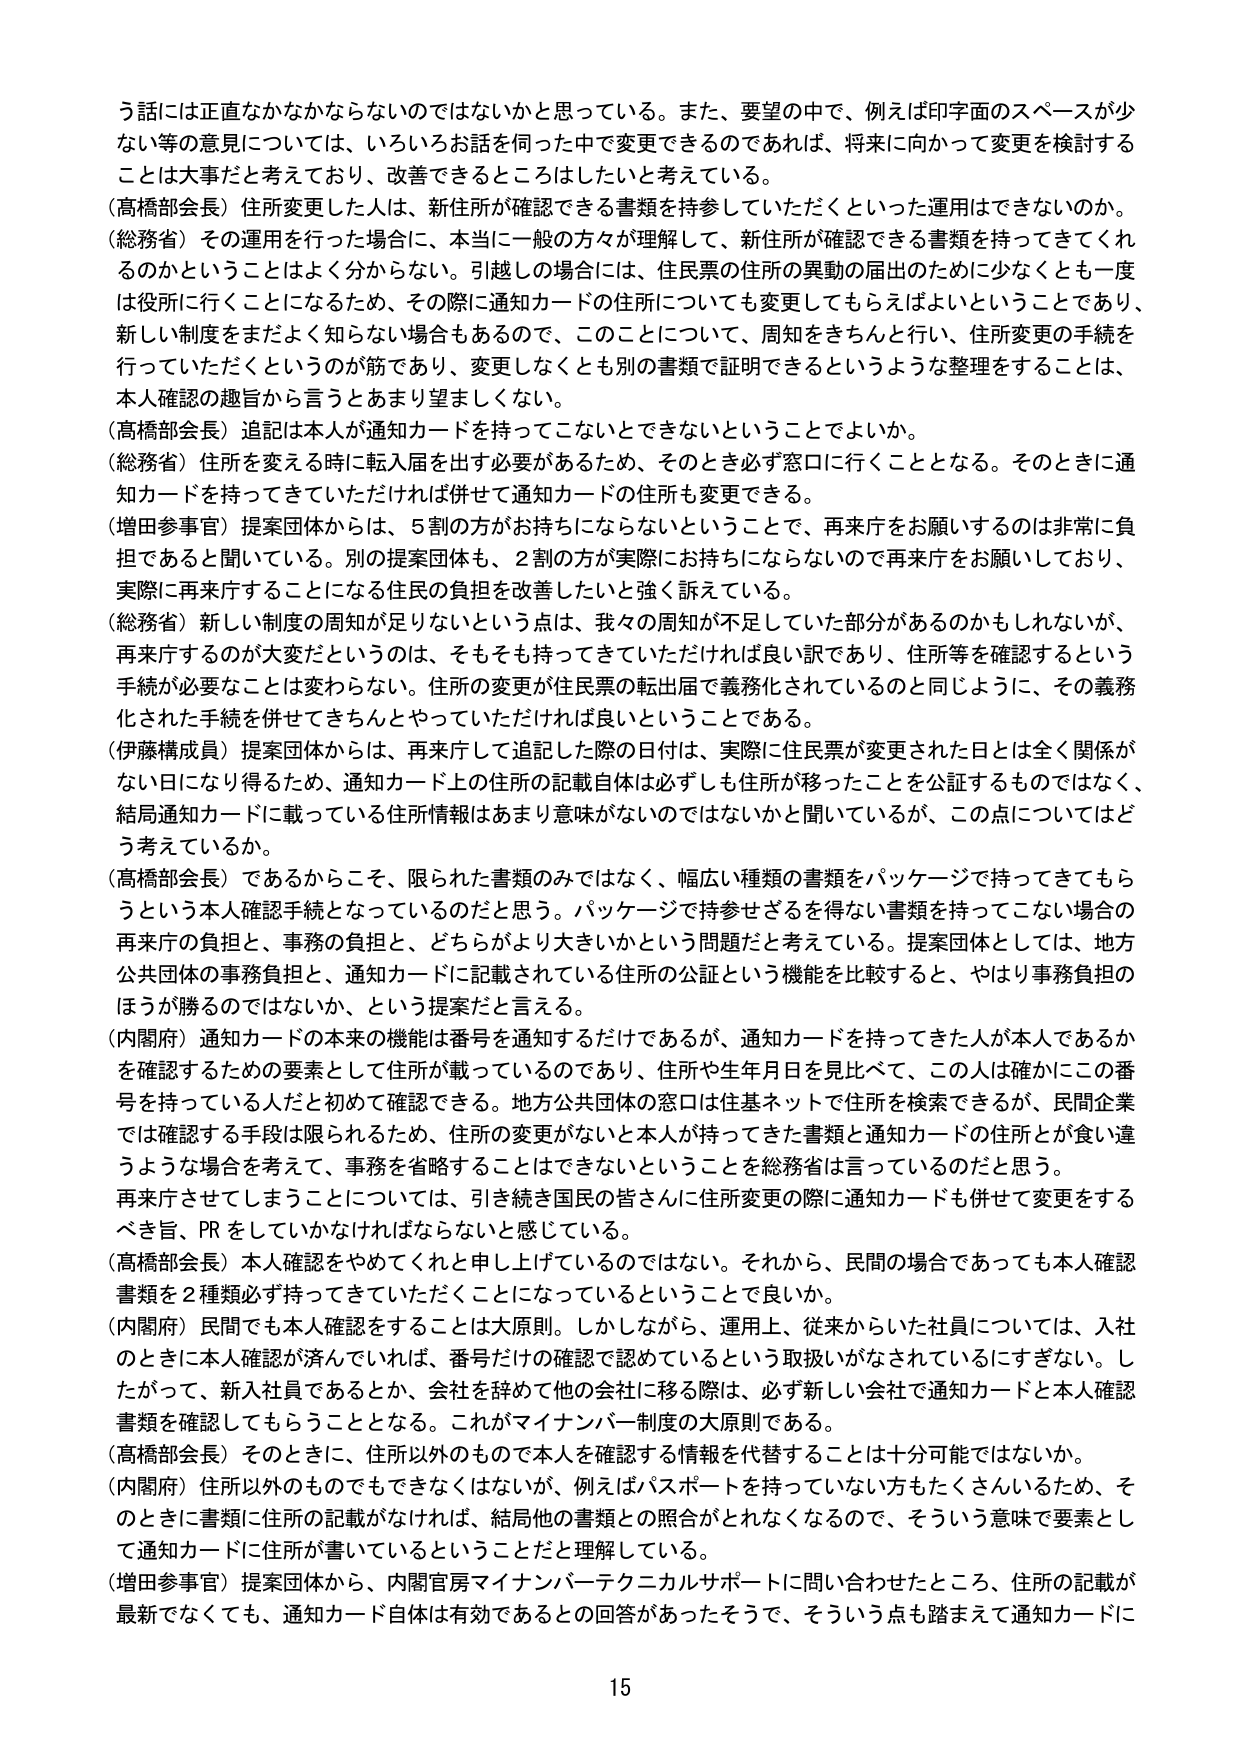
う話には正直なかなかならないのではないかと思っている。また、要望の中で、例えば印字面のスペースが少ない等の意見については、いろいろお話を伺った中で変更できるのであれば、将来に向かって変更を検討することは大事だと考えており、改善できるところはしたいと考えている。

（高橋部会長）住所変更した人は、新住所が確認できる書類を持参していただくといった運用はできないのか。

（総務省）その運用を行った場合に、本当に一般の方々が理解して、新住所が確認できる書類を持ってきてくれるのかということはよく分からない。引越しの場合には、住民票の住所の異動の届出のために少なくとも一度は役所に行くことになるため、その際に通知カードの住所についても変更してもらえばよいということであり、新しい制度をまだよく知らない場合もあるので、このことについて、周知をきちんと行い、住所変更の手続を行っていただくというのが筋であり、変更しなくとも別の書類で証明できるというような整理をすることは、本人確認の趣旨から言うとあまり望ましくない。

（高橋部会長）追記は本人が通知カードを持ってこないとできないということでしょうか。

（総務省）住所を変える時に転入届を出す必要があるため、そのとき必ず窓口に行くこととなる。そのときに通知カードを持ってきていただければ併せて通知カードの住所も変更できる。

（増田参事官）提案団体からは、5割の方がお持ちにならないということで、再来庁をお願いするのは非常に負担であると聞いている。別の提案団体も、2割の方が実際にお持ちにならないので再来庁をお願いしており、実際に再来庁することになる住民の負担を改善したいと強く訴えている。

（総務省）新しい制度の周知が足りないという点は、我々の周知が不足していた部分があるのかもしれないが、再来庁するのが大変だというのは、そもそも持ってきただければ良い訳であり、住所等を確認するという手続が必要なことは変わらない。住所の変更が住民票の転出届で義務化されているのと同じように、その義務化された手続を併せてきちんとやっていただければ良いということである。

（伊藤構成員）提案団体からは、再来庁して追記した際の日付は、実際に住民票が変更された日とは全く関係がない日になり得るため、通知カード上の住所の記載自体は必ずしも住所が移ったことを公証するものではなく、結局通知カードに載っている住所情報はあまり意味がないのではないかと聞いているが、この点についてはどう考えているか。

（高橋部会長）であるからこそ、限られた書類のみではなく、幅広い種類の書類をパッケージで持ってきてもらうという本人確認手続となっているのだと思う。パッケージで持参せざるを得ない書類を持ってこない場合の再来庁の負担と、事務の負担と、どちらがより大きいかという問題だと考えている。提案団体としては、地方公共団体の事務負担と、通知カードに記載されている住所の公証という機能を比較すると、やはり事務負担のほうが勝るのではないか、という提案だと言える。

（内閣府）通知カードの本来の機能は番号を通知するだけであるが、通知カードを持ってきた人が本人であるかを確認するための要素として住所が載っているのであり、住所や生年月日を見比べて、この人は確かにこの番号を持っている人だと初めて確認できる。地方公共団体の窓口は住基ネットで住所を検索できるが、民間企業では確認する手段は限られるため、住所の変更がないと本人が持ってきた書類と通知カードの住所とが食い違うような場合を考えて、事務を省略することはできないということを総務省は言っているのだと思う。再来庁させてしまうことについては、引き続き国民の皆さんに住所変更の際に通知カードも併せて変更をするべき旨、PRをしていかなければならないと感じている。

（高橋部会長）本人確認をやめてくれと申し上げているのではない。それから、民間の場合であっても本人確認書類を2種類必ず持ってきていただくことになっているということで良いか。

（内閣府）民間でも本人確認をすることは大原則。しかしながら、運用上、従来からいた社員については、入社のときに本人確認が済んでいれば、番号だけの確認で認めているという取扱いがなされているにすぎない。したがって、新入社員であるとか、会社を辞めて他の会社に移る際は、必ず新しい会社で通知カードと本人確認書類を確認してもらうこととなる。これがマイナンバー制度の大原則である。

（高橋部会長）そのときに、住所以外のもので本人を確認する情報を代替することは十分可能ではないか。

（内閣府）住所以外のものでもできなくはないが、例えばパスポートを持っていない方もたくさんいるため、そのときに書類に住所の記載がなければ、結局他の書類との照合がとれなくなるので、そういう意味で要素として通知カードに住所が書いているということだと理解している。

（増田参事官）提案団体から、内閣官房マイナンバーテクニカルサポートに問い合わせたところ、住所の記載が最新でなくても、通知カード自体は有効であるとの回答があったそうで、そういう点も踏まえて通知カードに

15